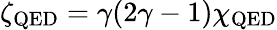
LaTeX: \zeta_{\mathrm{QED}}=\gamma(2\gamma-1)\chi_{\mathrm{QED}}